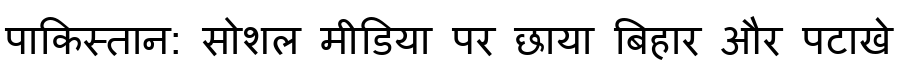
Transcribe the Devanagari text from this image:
पाकिस्तान: सोशल मीडिया पर छाया बिहार और पटाखे